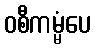
ဝစီကမ္မံပေ